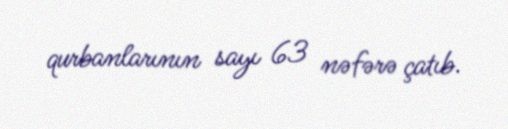
qurbanlarının sayı 63 nəfərə çatıb.